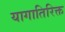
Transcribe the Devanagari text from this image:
यागातिरिक्त